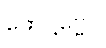
ဖောဋ္ဌဗ္ဗေပိ